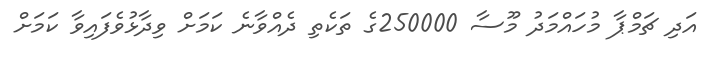
އަދި ޗަމްޕާ މުހައްމަދު މޫސާ 250000ގެ ތަކެތި ދެއްވާނެ ކަމަށް ވިދާޅުވެފައިވާ ކަމަށް